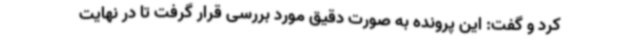
کرد و گفت: این پرونده به صورت دقیق مورد بررسی قرار گرفت تا در نهایت